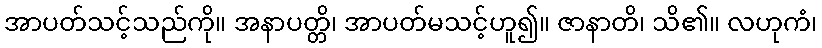
အာပတ်သင့်သည်ကို။ အနာပတ္တိ၊ အာပတ်မသင့်ဟူ၍။ ဇာနာတိ၊ သိ၏။ လဟုကံ၊